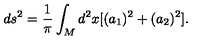
d s ^ { 2 } = \frac { 1 } { \pi } \int _ { M } d ^ { 2 } x [ ( a _ { 1 } ) ^ { 2 } + ( a _ { 2 } ) ^ { 2 } ] .